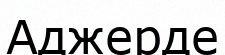
Аджерде